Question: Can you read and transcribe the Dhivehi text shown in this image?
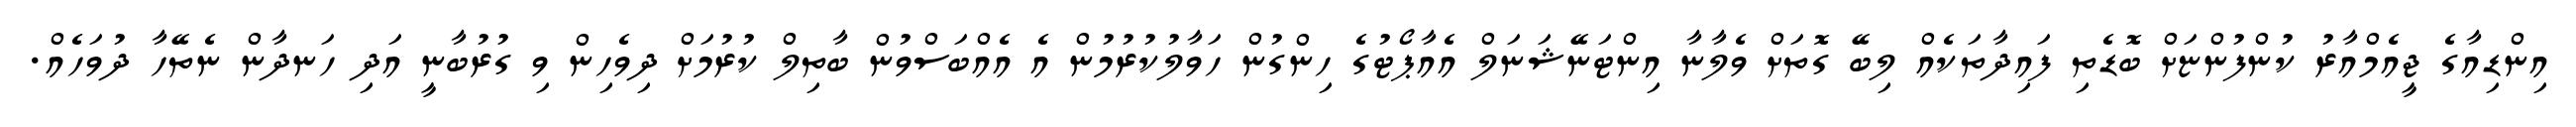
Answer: އިންޑިއާގެ ޖީއެމްއާރު ކުންފުންޏަށް ބޮޑެތި ފައިދާތަކެއް ލިބޭ ގޮތަށް ވެލާނާ އިންޓަނޭޝަނަލް އެއާޕޯޓުގެ ހިންގުން ހަވާލުކުރުމުން އެ އެއްބަސްވުން ބާތިލް ކުރުމަށް ދިވެހިން ވި ގުރުބާނީ އަދި ހަނދާން ނެތޭހާ ދުވަހެއް.